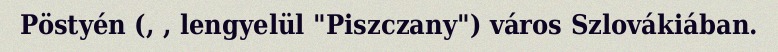
Pöstyén (, , lengyelül "Piszczany") város Szlovákiában.